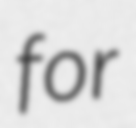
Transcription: for